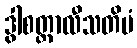
ဒွါစတ္တာလီသတိမံ